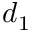
d _ { 1 }